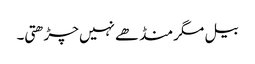
بیل مگر منڈھے نہیں چڑھتی۔